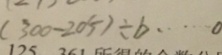
( 3 0 0 - 2 0 5 ) \div b \cdots 0